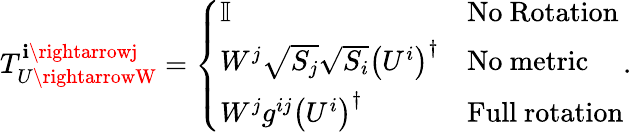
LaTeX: T_{U\rightarrowW}^{\mathbf{i}\rightarrowj}=\left\{ \begin{array}{ll}{\mathbb{I}}&{\mathrm{No\ Rotation}}\\ {W^{j}\sqrt{S_{j}}\sqrt{S_{i}}\left(U^{i}\right)^{\dagger}}&{\mathrm{No\ metric}}\\ {W^{j}g^{ij}\left(U^{i}\right)^{\dagger}}&{\mathrm{Full\ rotation}}\end{array}\right..